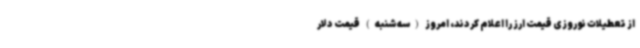
از تعطیلات نوروزی قیمت ارز را اعلام کردند، امروز (سه‌شنبه) قیمت دلار